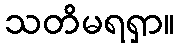
သတိမရရှာ။